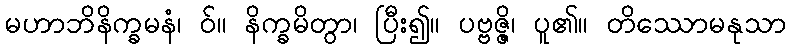
မဟာဘိနိက္ခမနံ၊ ဝ်။ နိက္ခမိတွာ၊ ပြီး၍။ ပဗ္ဗဇ္ဇိ၊ ပူ၏။ တိဿောမနုသာ